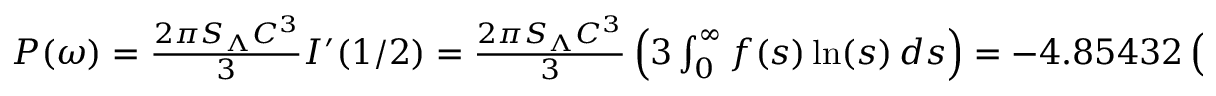
\begin{array} { r } { P ( \omega ) = \frac { 2 \pi S _ { \Lambda } C ^ { 3 } } { 3 } I ^ { \prime } ( 1 / 2 ) = \frac { 2 \pi S _ { \Lambda } C ^ { 3 } } { 3 } \left( 3 \int _ { 0 } ^ { \infty } f ( s ) \ln ( s ) \, d s \right) = - 4 . 8 5 4 3 2 \left( \pi S _ { \Lambda } C ^ { 3 } \right) , } \end{array}